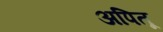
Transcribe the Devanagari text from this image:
अपितू